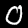
Label: 0